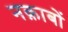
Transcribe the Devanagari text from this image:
नक़ाबों